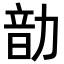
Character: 𪟠